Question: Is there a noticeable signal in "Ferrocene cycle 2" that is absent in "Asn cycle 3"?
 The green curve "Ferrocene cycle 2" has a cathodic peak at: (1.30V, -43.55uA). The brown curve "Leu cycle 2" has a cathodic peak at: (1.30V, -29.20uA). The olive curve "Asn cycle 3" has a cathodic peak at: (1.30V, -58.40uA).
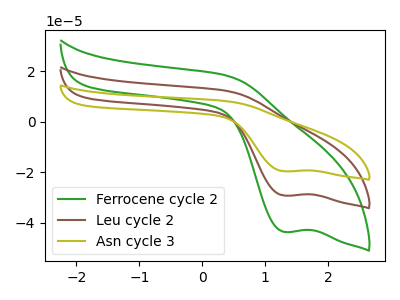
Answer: <think>All the peaks in "Ferrocene cycle 2" have a peak in "Asn cycle 3" at the same potential. Every peak in "Ferrocene cycle 2" is lower than every peak in "Asn cycle 3".
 </think>
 <answer>No, "Ferrocene cycle 2" and "Asn cycle 3" don't appear to be significantly different in shape</answer>
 <eval>no_change</eval>